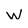
Character: W